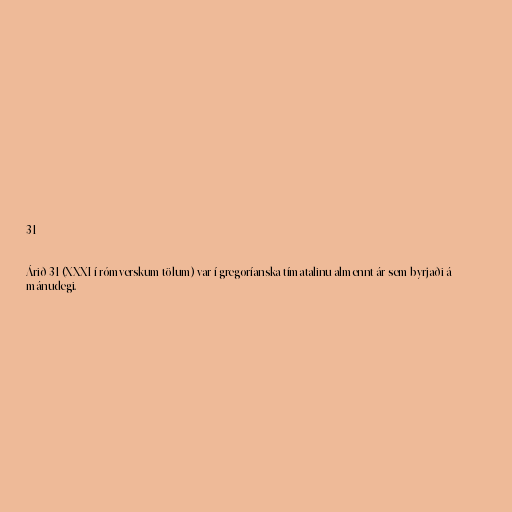
31

Árið 31 (XXXI í rómverskum tölum) var í gregoríanska tímatalinu almennt ár sem byrjaði á
mánudegi.